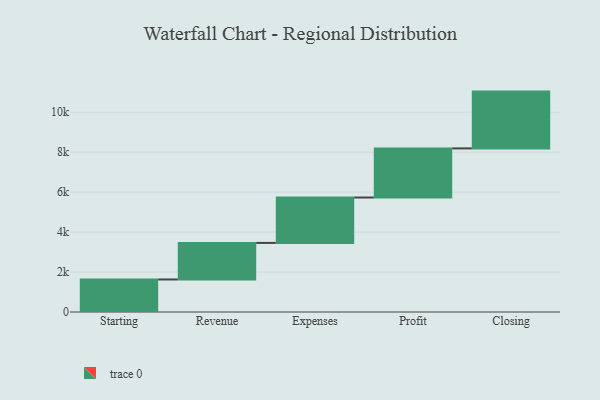
{"axis": {"x": "Step", "y": "Value"}, "legend": [""], "data": [{"x": "Starting", "y": 1628.0, "type": ""}, {"x": "Revenue", "y": 1830.0, "type": ""}, {"x": "Expenses", "y": 2272.0, "type": ""}, {"x": "Profit", "y": 2458.0, "type": ""}, {"x": "Closing", "y": 2843.0, "type": ""}]}